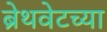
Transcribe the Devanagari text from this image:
ब्रेथवेटच्या